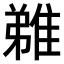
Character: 𨿝